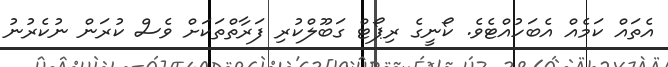
އެތައް ކަމެއް އެބަހުއްޓެވެ. ކޯނީގެ ރިޕޯޓް ގަބޫލްކުރި ފަރާތްތަކަށް ވެސް ކުރަން ނުކެރުނު